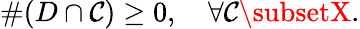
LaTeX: \# (D\cap\mathcal{C})\geq0,\quad\forall\mathcal{C}\subsetX.